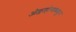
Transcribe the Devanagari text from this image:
ओक्लाहोमाकडून